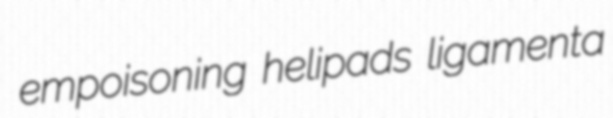
empoisoning helipads ligamenta